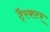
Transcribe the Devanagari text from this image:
टै्रक्टर